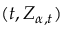
( t , Z _ { \alpha , t } )